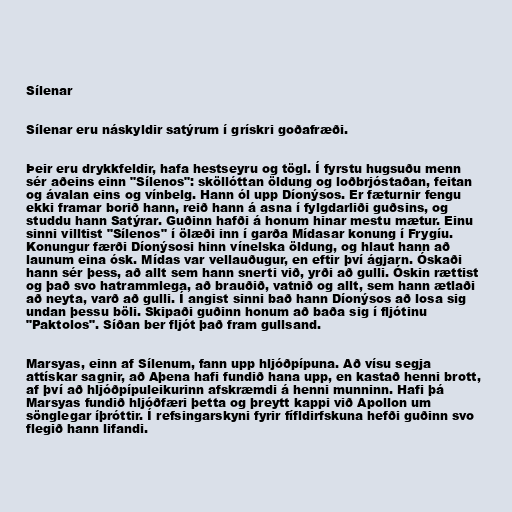
Sílenar

Sílenar eru náskyldir satýrum í grískri goðafræði.

Þeir eru drykkfeldir, hafa hestseyru og tögl. Í fyrstu hugsuðu menn
sér aðeins einn "Sílenos": sköllóttan öldung og loðbrjóstaðan, feitan
og ávalan eins og vínbelg. Hann ól upp Díonýsos. Er fæturnir fengu
ekki framar borið hann, reið hann á asna í fylgdarliði guðsins, og
studdu hann Satýrar. Guðinn hafði á honum hinar mestu mætur. Einu
sinni villtist "Sílenos" í ölæði inn í garða Mídasar konung í Frygíu.
Konungur færði Díonýsosi hinn vínelska öldung, og hlaut hann að
launum eina ósk. Mídas var vellauðugur, en eftir því ágjarn. Óskaði
hann sér þess, að allt sem hann snerti við, yrði að gulli. Óskin rættist
og það svo hatrammlega, að brauðið, vatnið og allt, sem hann ætlaði
að neyta, varð að gulli. Í angist sinni bað hann Díonýsos að losa sig
undan þessu böli. Skipaði guðinn honum að baða sig í fljótinu
"Paktolos". Síðan ber fljót það fram gullsand.

Marsyas, einn af Sílenum, fann upp hljóðpípuna. Að vísu segja
attískar sagnir, að Aþena hafi fundið hana upp, en kastað henni brott,
af því að hljóðpípuleikurinn afskræmdi á henni munninn. Hafi þá
Marsyas fundið hljóðfæri þetta og þreytt kappi við Apollon um
sönglegar íþróttir. Í refsingarskyni fyrir fífldirfskuna hefði guðinn svo
flegið hann lifandi.